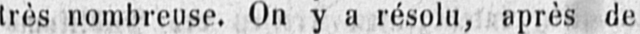
très nombreuse. On y a résolu, après de